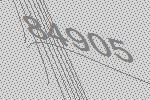
84905